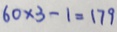
6 0 \times 3 - 1 = 1 7 9